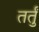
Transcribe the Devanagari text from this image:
तर्तुं